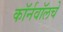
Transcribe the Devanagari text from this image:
कॉर्नवॉलचे